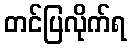
တင်ပြလိုက်ရ